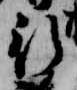
行